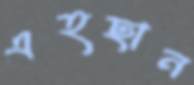
এহছান